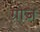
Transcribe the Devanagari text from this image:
ग्रोज़